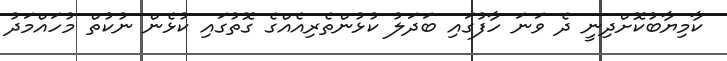
ކާމިޔާބުކޮށްދިނީ ދެ ވަނަ ހާފުގައި ބަދަލު ކުޅުންތެރިއެއްގެ ގޮތުގައި ކުޅެން ނުކުތް މުހައްމަދު